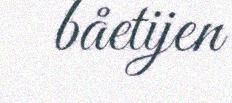
båetijen